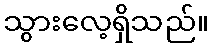
သွားလေ့ရှိသည်။